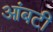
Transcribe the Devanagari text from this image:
आंबटी